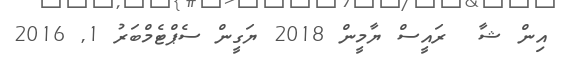
އިން ޝާ  ރައީސް ޔާމީން 2018 ޔަގީން ސެޕްޓެމްބަރު 1